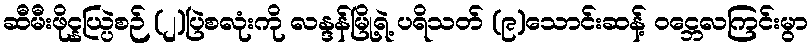
ဆီမီးဖိုင္နယ္ပြဲစဉ် (၂)ပြဲစလုံးကို လန္ဒန်မြို့ရဲ့ ပရိသတ် (၉)သောင်းဆန့် ဝင္ဘေလကြင်းမွာ